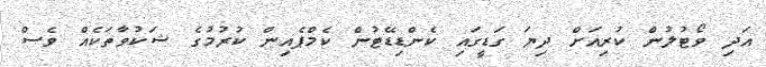
އަދި ވޯޓުލުން ކުރިއަށް ދިޔަ ގަޑީގައި ކެންޑިޑޭޓުން ކެމްޕެއިން ކުރުމުގެ ޝަކުވާތަކެއް ވެސް